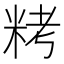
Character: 𥹬